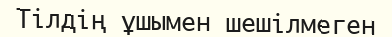
Тілдің ұшымен шешілмеген